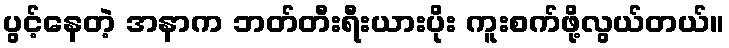
ပွင့်နေတဲ့ အနာက ဘတ်တီးရီးယားပိုး ကူးစက်ဖို့လွယ်တယ်။